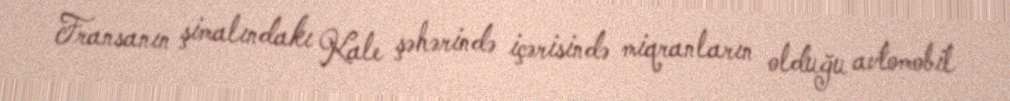
Fransanın şimalındakı Kale şəhərində içərisində miqranların olduğu avtomobil